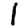
Digit: 1